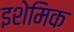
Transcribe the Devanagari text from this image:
इशेमिक